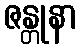
ဇန္တုနာ